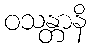
ဝသန္တာနိ